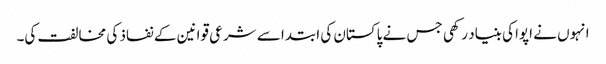
انہوں نے اپوا کی بنیاد رکھی جس نے پاکستان کی ابتدا سے شرعی قوانین کے نفاذ کی مخالفت کی۔